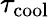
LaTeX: \tau_{\mathrm{cool}}